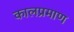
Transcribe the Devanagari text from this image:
कालप्रमाण